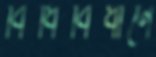
বিধিবিধানে